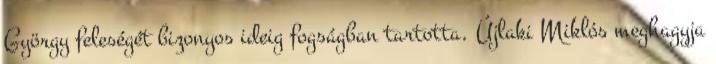
György feleségét bizonyos ideig fogságban tartotta. Újlaki Miklós meghagyja